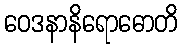
ဝေဒနာနိရောဓောတိ